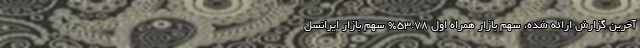
آخرین گزارش ارائه شده، سهم بازار همراه اول 53.78% سهم بازار ایرانسل